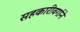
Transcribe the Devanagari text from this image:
सहकारीवर्गाने